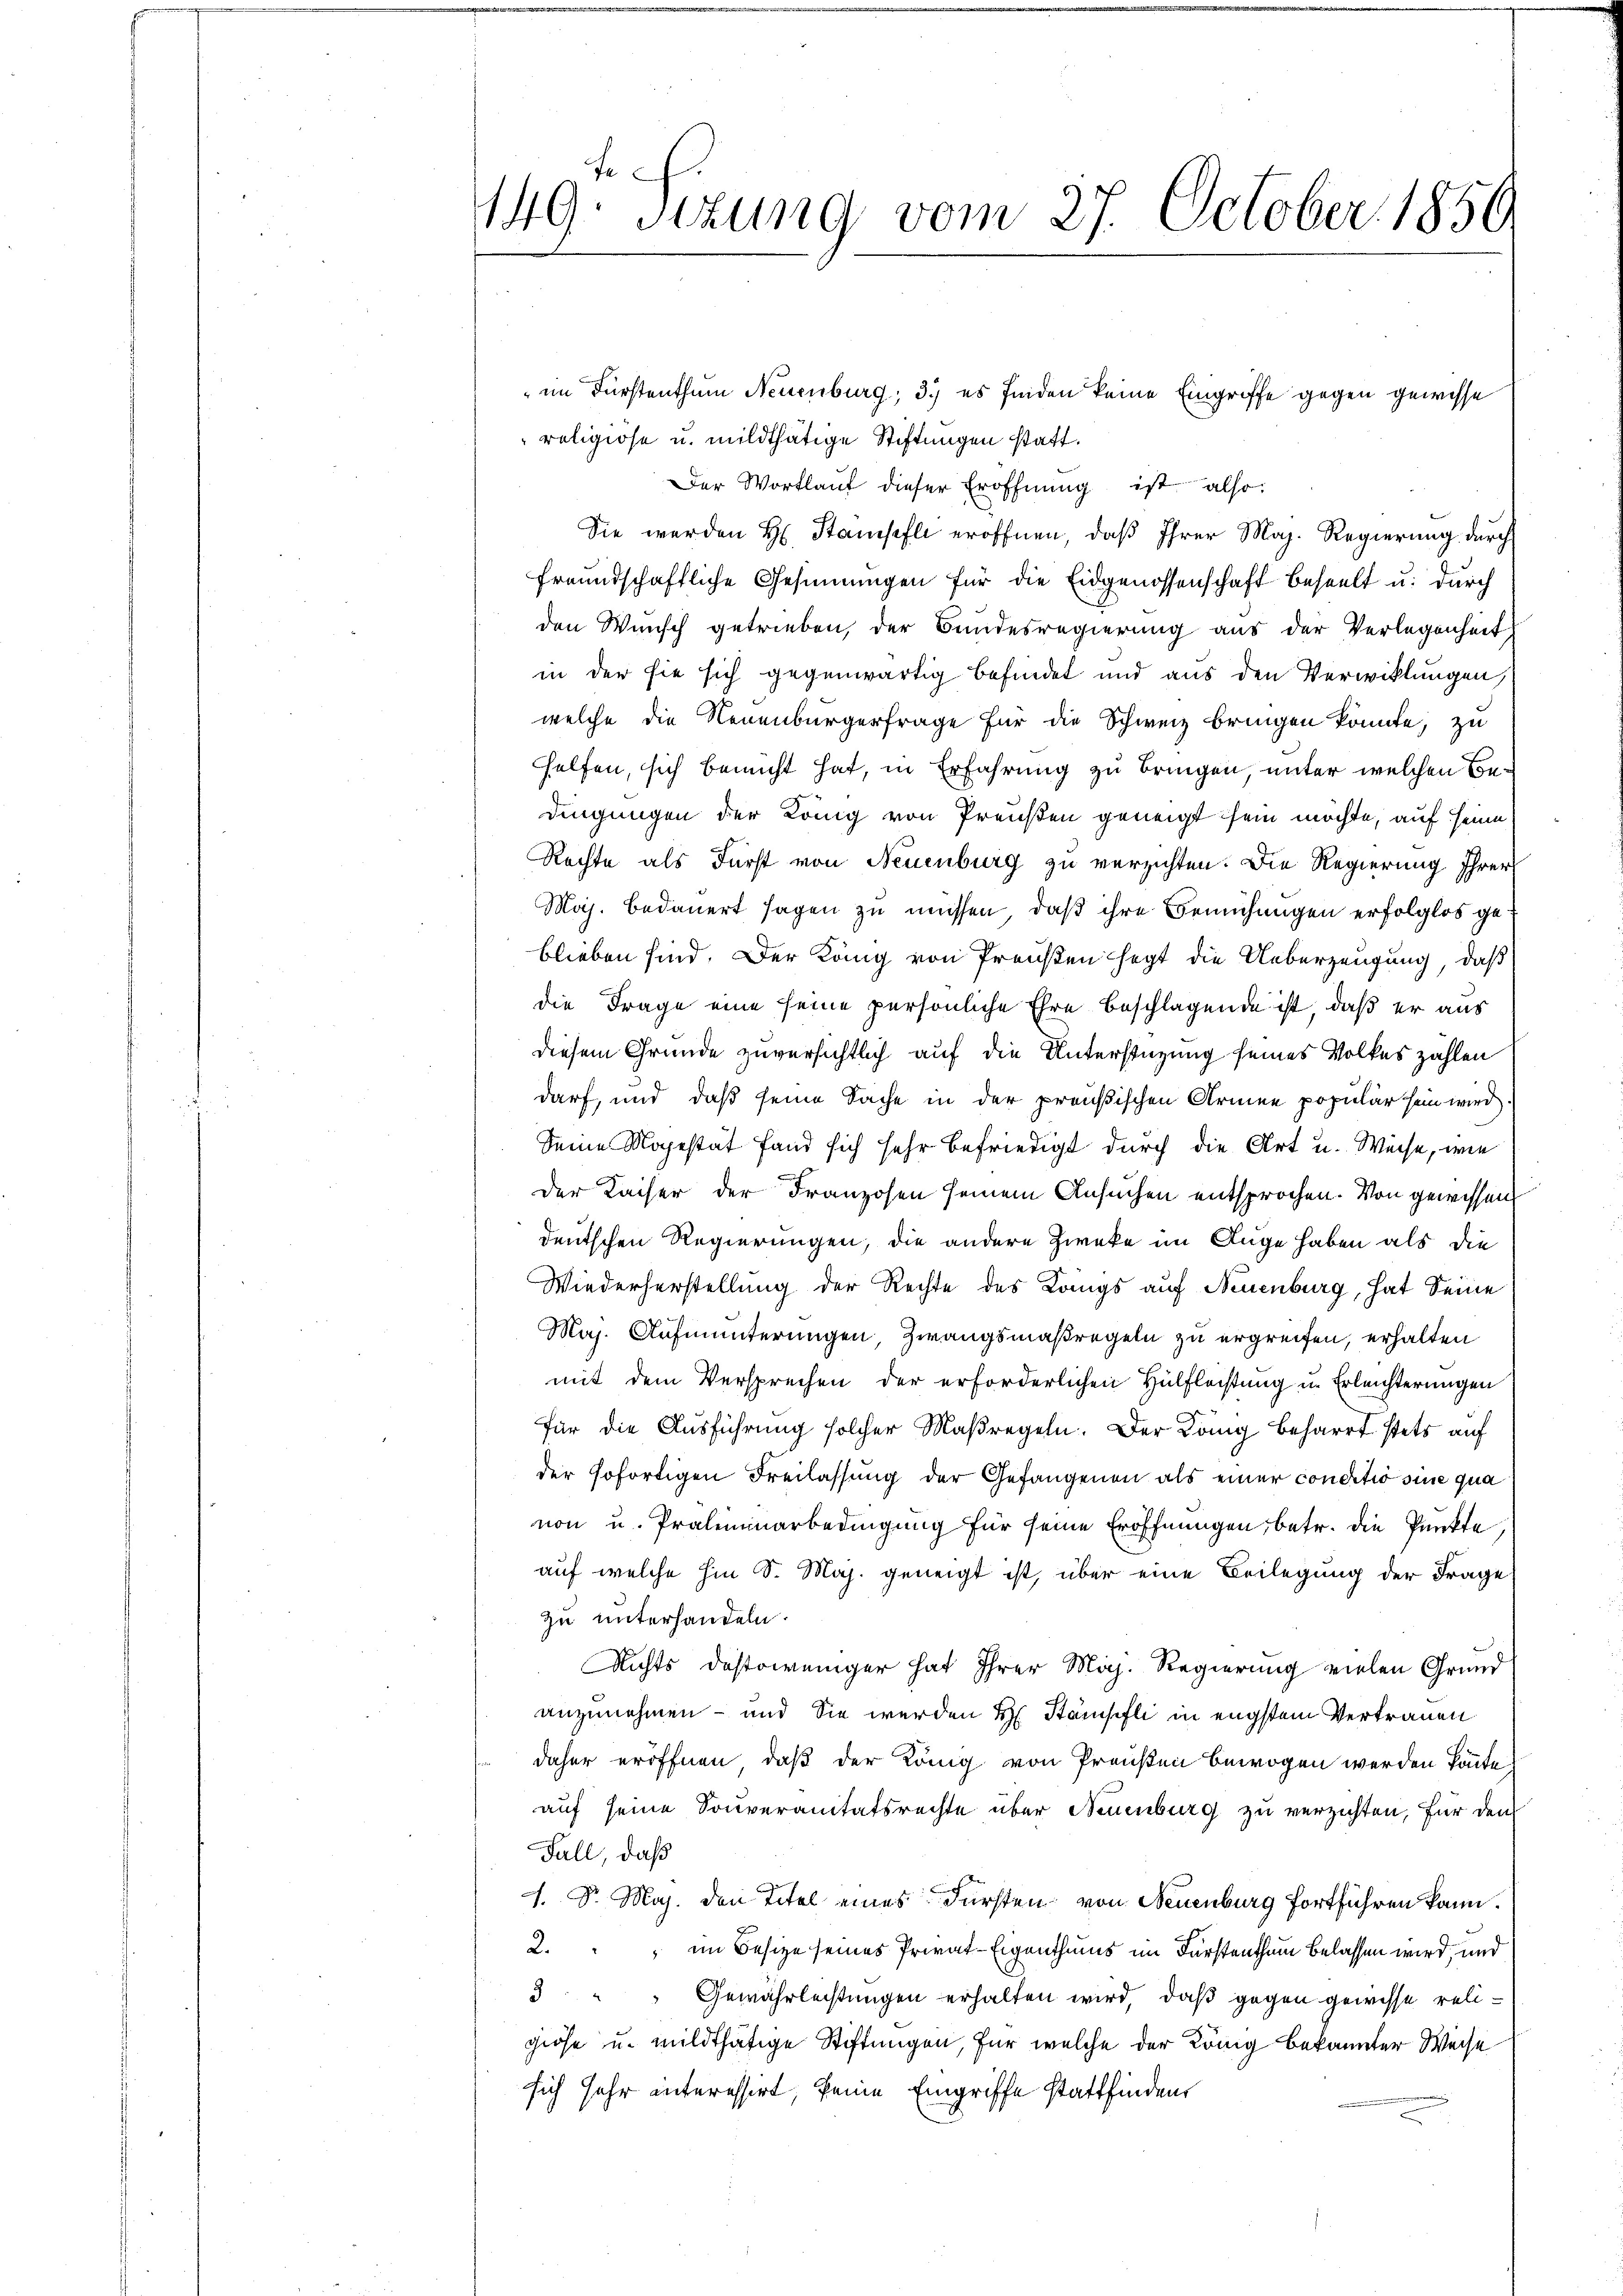
149. Sizung vom 27. October 1856

" im Fürstenthum Neuenburg, 3. es finden keine Eingriffe gegen gewisse
religiöse u. mildthätige Stiftungen statt.
Der Wortlauf dieser Eröffnung ist also:
Sie werden H. Stampfli eröffnen, daß Ihrer Maj. Regierung durch
freundschaftliche Gesinnungen für die Eidgenossenschaft beseelt u. durch
den Wunsch getrieben, der Bundesregierung aus der Verlegenheit
in der sie sich gegenwärtig befindet und aus den Verwicklungen
welche die Neuenburgerfrage für die Schweiz bringen könnte, zu
helfen, sich bemüht hat, in Erfahrung zu bringen, unter welchen Condingungen der König von Preußen geneigt sein möchte, auf seine
Rechte als Fürst von Neuenburg zu verzichten. Die Regierung Ihrer
Maj. bedauert sagen zu müssen, daß ihre Bemühungen erfolglos geblieben sind. Der Köng von Preußen hegt die Ueberzeugung, daß
die Frage eine seine persönliche Ehre beschlagende ist, daß er aus
diesem Grunde zuversichtlich auf die Unterstützung seines Volkes zahlen
darf, und daß seine Sache in der preußischen Armee popular sein wird.
Seine Majestät fand sich sehr befriedigt durch die Art u. Weise, wie
Der Kaiser der Franzosen seinem Ansuchen entsprochen. Von gewissen,
deutschen Regierungen, die andere Zweke im Auge haben als die
Wiederherstellung der Rechte des Kangs auf Neuenburg, hat Seine
Maj. Aufmunterungen, Zwangsmaßregeln zu ergreifen, erhalten
mit dem Versprechen der erforderlichen Hülfleistung u. Erleichterungen
für die Ausführung solcher Maßregeln. Der König beharrt stets auf
der sofortigen Freilassung der Gefangenen als einer conditio sine qua
non u. Proleminarbedingung für seine Eröffnungen, betr. die Punkte
auf welche hin S. Maj. geneigt ist, über eine Beilegung der Frage
zu unterhandeln.
Nichts destoweniger hat Ihrer Maj. Regierung vielen Grund
anzunehmen - und Sie werden H. Stampfli in engstem Vertrauen
daher eröffnen, daß der König von Preußen bewogen werden könnte,
auf seine Souveranitätsrechte über Neuenburg zu verzichten, für den
Fall, daß
1. Sr. Maj. den Titel eines Fürsten von Neuenburg fortführen kann.
2. " " im Besize seines Privat-Eigenthums im Fürstenthum belassen wird, und
3. " " Gewährleistungen erhalten wird, daß gegen gewisse religiöse u. mildthätige Stiftungen, für welche der König bekannter Weise
sich sehr interessirt, keine Eingriffe stattfinden,